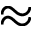
\approx